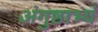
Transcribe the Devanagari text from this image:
अंगुष्ठाभ्यं